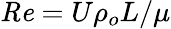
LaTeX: \mathit{Re}=U\rho_{o}L/\mu